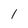
Character: 1